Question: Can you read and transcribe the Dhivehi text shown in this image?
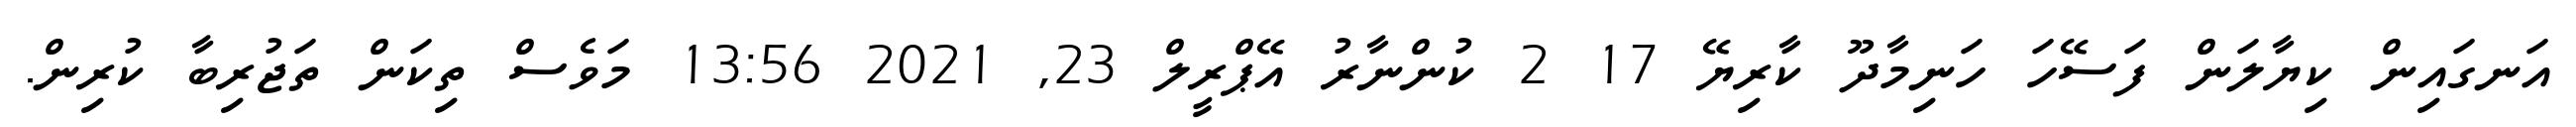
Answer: އަނގައިން ކިޔާލަން ފަސޭހަ ހަނިމާދޫ ކާރިޔޭ 17 2 ކުންނާރު އޭޕްރީލް 23, 2021 13:56 މަވެސް ތިކަން ތަޖުރިބާ ކުރިން.